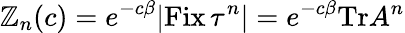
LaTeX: \mathbb{Z}_{n}(c)=e^{-c\beta}|{\mathrm{{Fix}}}\, \tau^{n}|=e^{-c\beta}{\mathrm{{Tr}}}A^{n}